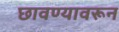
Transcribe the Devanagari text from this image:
छावण्यावरून